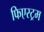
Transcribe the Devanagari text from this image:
फिएस्ट्रम